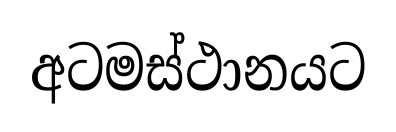
අටමස්ථානයට